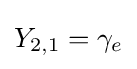
Y_{2,1}=\gamma _{e}